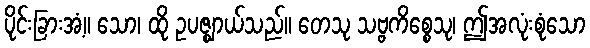
ပိုင်းခြားအံ့။ သော၊ ထို ဥပဇ္ဈာယ်သည်။ တေသု သဗ္ဗကိစ္စေသု၊ ဤအလုံးစုံသော